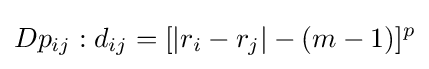
Dp_{ij}:d_{ij}=[|r_{i}-r_{j}|-(m-1)]^{p}